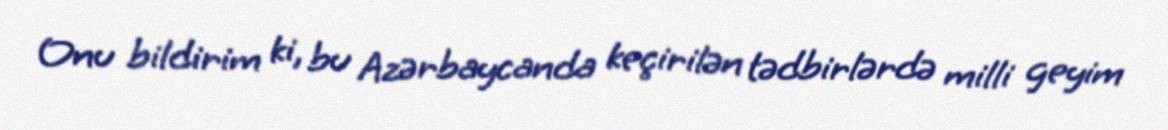
Onu bildirim ki, bu Azərbaycanda keçirilən tədbirlərdə milli geyim